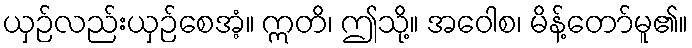
ယှဉ်လည်းယှဉ်စေအံ့။ ဣတိ၊ ဤသို့။ အဝေါစ၊ မိန့်တော်မူ၏။